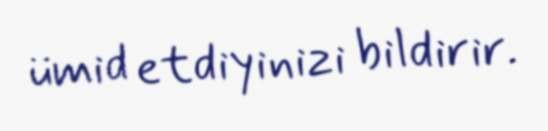
ümid etdiyinizi bildirir.